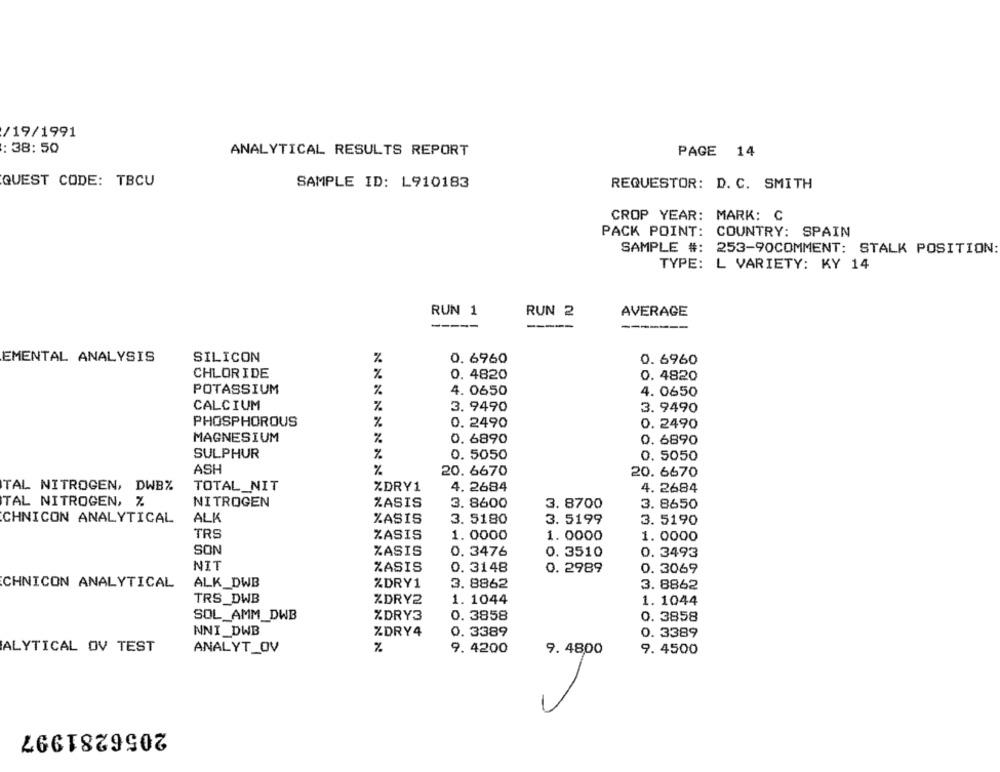
/19/1991
: 38: 50
ANALYTICAL RESULTS REPORT
PAGE 14
QUEST CODE: TBCU
SAMPLE ID: L910183
REQUESTOR: D. C. SMITH
CROP YEAR: MARK: C
PACK POINT: COUNTRY: SPAIN
SAMPLE #: 253-90COMMENT: STALK POSITION:
TYPE: L VARIETY: KY 14
RUN 1
RUN 2
AVERAGE
-----
EMENTAL ANALYSIS
SILICON
%
0. 6960
0.6960
CHLORIDE
%
0. 4820
0. 4820
POTASSIUM
%
4. 0650
4. 0650
CALCIUM
%
3. 9490
3. 9490
PHOSPHOROUS
0. 2490
0. 2490
MAGNESIUM
%
0. 6890
0. 6890
SULPHUR
0. 5050
%
0. 5050
ASH
%
20. 6670
20. 6670
TAL NITROGEN, DWB%
TOTAL_NIT
4. 2684
%DRY1
4. 2684
TAL NITROGEN, %
NITROGEN
%ASIS
3. 8600
3. 8700
3. 8650
CHNICON ANALYTICAL
ALK
%ASIS
3. 5180
3. 5199
3. 5190
TRS
ZASIS
1.0000
1. 0000
1.0000
SON
ZASIS
0. 3476
0. 3510
0. 3493
NIT
ZASIS
0. 3148
0. 2989
0. 3069
CHNICON ANALYTICAL
ALK_DWB
%DRY1
3. 8862
3. 8862
TRS_DWB
ZDRY2
1. 1044
1. 1044
SOL_AMM_DWB
%DRY3
0. 3858
0. 3858
NNI_DWB
%DRY4
0.3389
0. 3389
ALYTICAL OV TEST
%
ANALYT_OV
9. 4200
9. 4800
9. 4500
2056281997